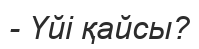
- Үйі қайсы?